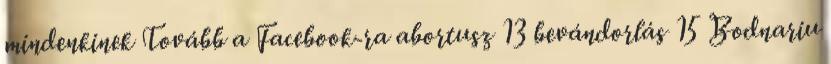
mindenkinek Tovább a Facebook-ra abortusz 13 bevándorlás 15 Bodnariu